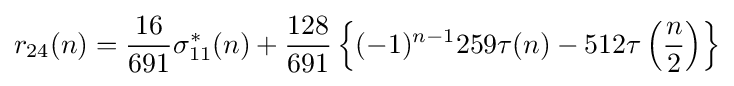
r_{24}(n)={\frac {16}{691}}\sigma _{11}^{*}(n)+{\frac {128}{691}}\left\{(-1)^{n-1}259\tau (n)-512\tau \left({\frac {n}{2}}\right)\right\}